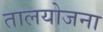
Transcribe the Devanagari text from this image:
तालयोजना